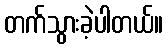
တက်သွားခဲ့ပါတယ်။